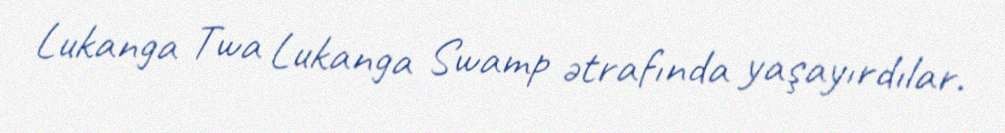
Lukanga Twa Lukanga Swamp ətrafında yaşayırdılar.